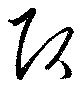
頂